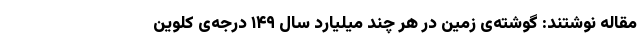
مقاله نوشتند: گوشته‌ی زمین در هر چند میلیارد سال ۱۴۹ درجه‌ی کلوین